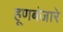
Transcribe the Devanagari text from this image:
हूणबंजारे